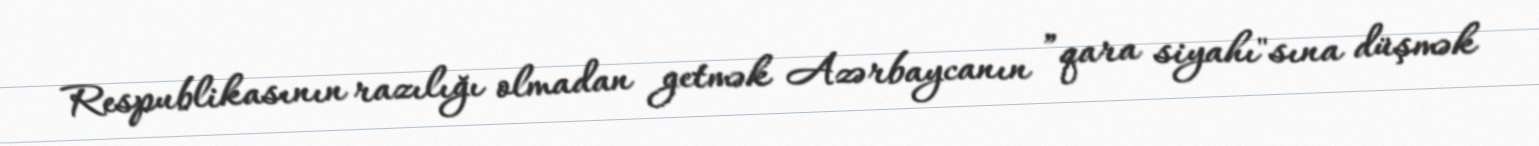
Respublikasının razılığı olmadan getmək Azərbaycanın ”qara siyahı"sına düşmək